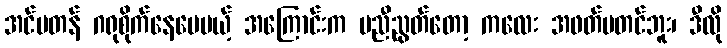
အင်မတန် ဂရုစိုက်နေပေမယ့် အကြောင်းက မညီညွတ်တော့ ကလေး အဖတ်မတင်ဘူး၊ ဒီလို